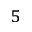
^ { 5 }